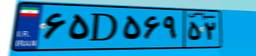
۶۵D۵۶۹۵۲